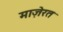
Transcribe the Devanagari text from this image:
माज़ेरत